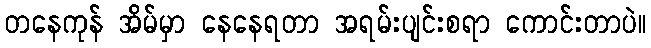
တနေကုန် အိမ်မှာ နေနေရတာ အရမ်းပျင်းစရာ ကောင်းတာပဲ။